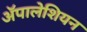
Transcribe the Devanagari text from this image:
ॲपालेशियन